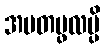
အမတပ္ဖလမ္ပိ